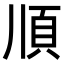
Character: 𩑎